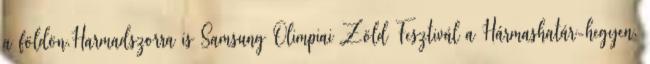
a földön.Harmadszorra is Samsung Olimpiai Zöld Fesztivál a Hármashatár-hegyen.